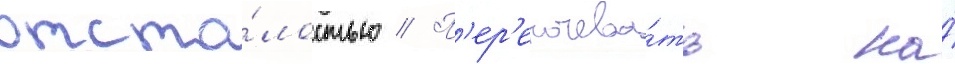
отста́лостью // П'ер'еночева́ть на́